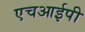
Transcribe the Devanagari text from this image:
एचआईपी